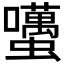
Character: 𧔺